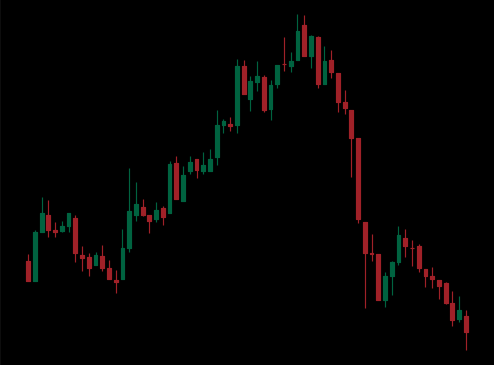
Pattern: head_shoulders